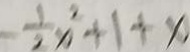
- \frac { 1 } { 2 } x ^ { 2 } + 1 + x